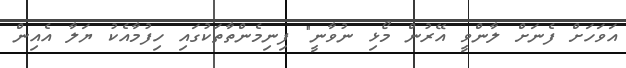
އަވަހަށް ފެނަށް ލާންވީ އޭރުން މޯޅި ނުވާނީ" ފިނިމެންތާތަކުގައި ހިފުމާއެކު ޔަލާ އެއިން